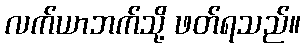
လက်ယာဘက်သို့ ဖတ်ရသည်။